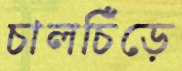
চালচিঁড়ে